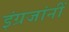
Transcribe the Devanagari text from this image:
इंग्रजांनीं